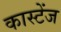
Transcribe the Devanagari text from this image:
कास्टेंज